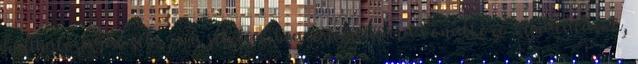
hallhatóságát stb. , c a jelzések beazonosítására vonatkozó kimutatások,